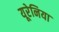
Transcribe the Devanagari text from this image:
यूरेनिया